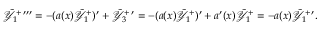
\tilde { \mathcal { Y } } _ { 1 } ^ { + \, \prime \prime \prime } = - ( a ( x ) \tilde { \mathcal { Y } } _ { 1 } ^ { + } ) ^ { \prime } + \tilde { \mathcal { Y } } _ { 3 } ^ { + \, \prime } = - ( a ( x ) \tilde { \mathcal { Y } } _ { 1 } ^ { + } ) ^ { \prime } + a ^ { \prime } ( x ) \tilde { \mathcal { Y } } _ { 1 } ^ { + } = - a ( x ) \tilde { \mathcal { Y } } _ { 1 } ^ { + \, \prime } .